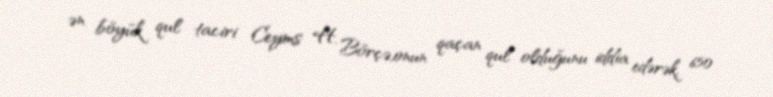
ən böyük qul taciri Ceyms H. Börçə,onun qaçan qul olduğunu iddia edərək, 650